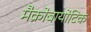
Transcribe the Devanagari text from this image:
मैक्रोबायोटिक